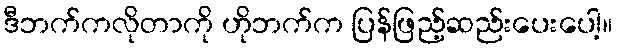
ဒီဘက်ကလိုတာကို ဟိုဘက်က ပြန်ဖြည့်ဆည်းပေးပေါ့။